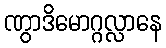
ဏွာဒိမောဂ္ဂလ္လာနေ